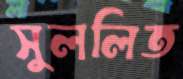
সুললিত